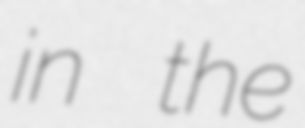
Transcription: in the